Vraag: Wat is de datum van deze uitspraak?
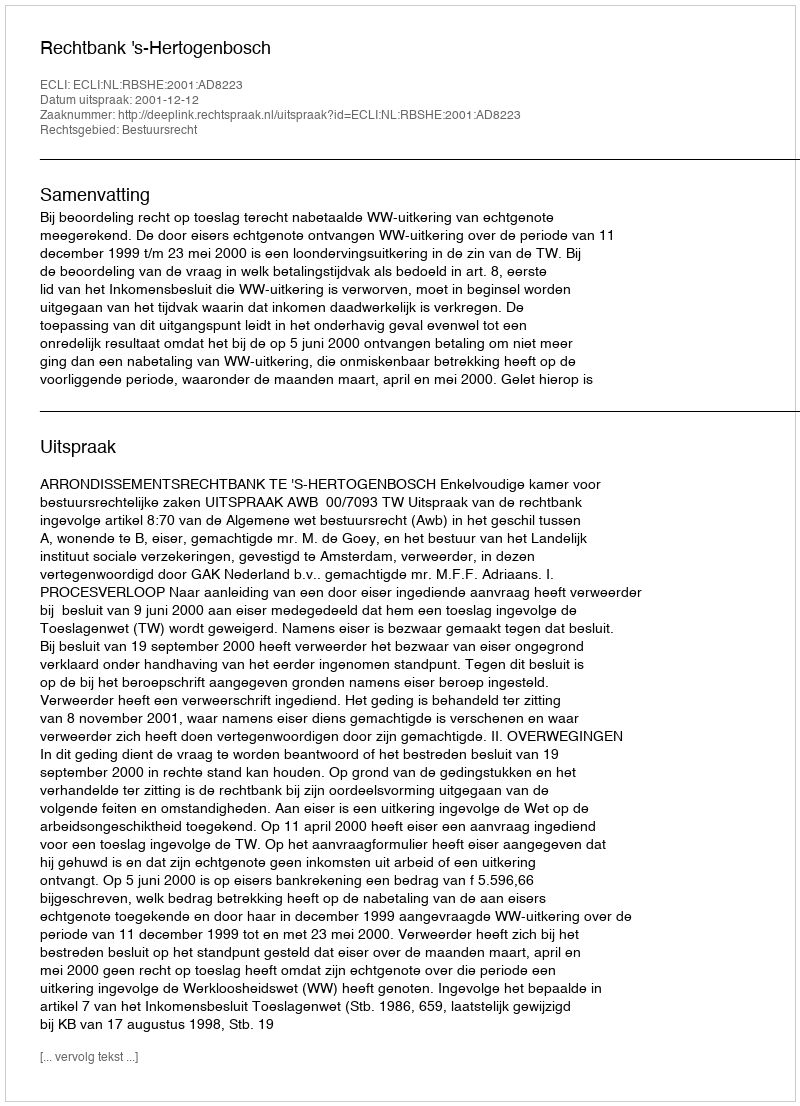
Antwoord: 2001-12-12